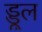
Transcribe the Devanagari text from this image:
ड्डूल